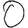
Digit: 0